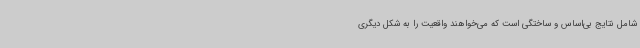
شامل نتایج بی‌اساس و ساختگی است که می‌خواهند واقعیت را به شکل دیگری